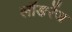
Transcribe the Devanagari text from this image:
लॉङरेंज